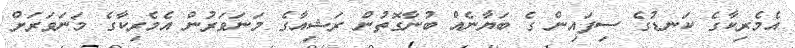
އެމެރިކާގެ ކަނޑުގެ ސިފައިން ގެ ބަޔާނެއް ބުނާގޮތުން ރަޝިއާގެ މަނަވަރުން އެމެރިކާގެ މަނަވަރަށް